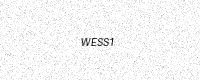
Text: WESS1